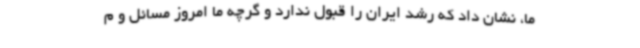
ما، نشان داد که رشد ایران را قبول ندارد و گرچه ما امروز مسائل و م